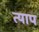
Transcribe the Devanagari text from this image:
त्याप